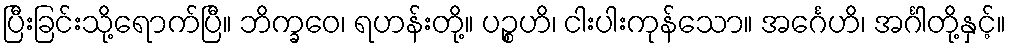
ပြီးခြင်းသို့ရောက်ပြီ။ ဘိက္ခဝေ၊ ရဟန်းတို့။ ပဉ္စဟိ၊ ငါးပါးကုန်သော။ အင်္ဂေဟိ၊ အင်္ဂါတို့နှင့်။